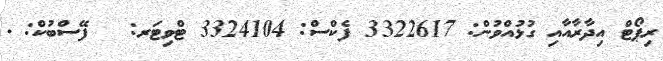
ރިޕޯޓް އިދާރާއާއި ގުޅުއްވުން: 3322617 ފެކްސް: 3324104 ޓްވިޓަރ: @ ފޭސްބުކް: .